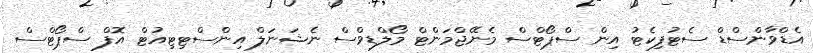
އެޑްވާންސްޑް ސެޓުފިކެޓު އިން ސްޕޯޓްސް މެނޭޖްމަންޓް މޯލްޑިވްސް ނެޝަނަލް އިންސްޓިޓިއުޓް އޮފް ސްޕޯޓްސް